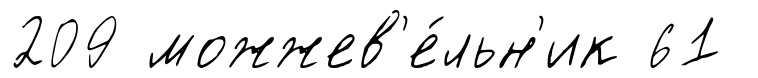
209 можжев'е́льн'ик 61